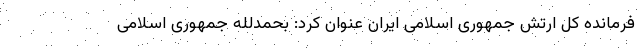
فرمانده کل ارتش جمهوری اسلامی ایران عنوان کرد: بحمدلله جمهوری اسلامی